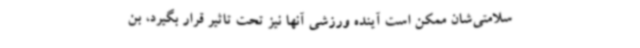
سلامتی‌شان ممکن است آینده ورزشی آنها نیز تحت تاثیر قرار بگیرد، بن